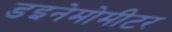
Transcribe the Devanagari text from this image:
डइनेमोमीटर